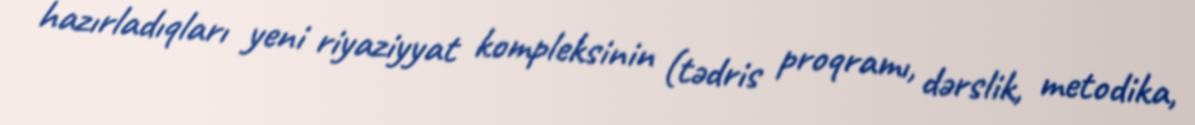
hazırladıqları yeni riyaziyyat kompleksinin (tədris proqramı, dərslik, metodika,